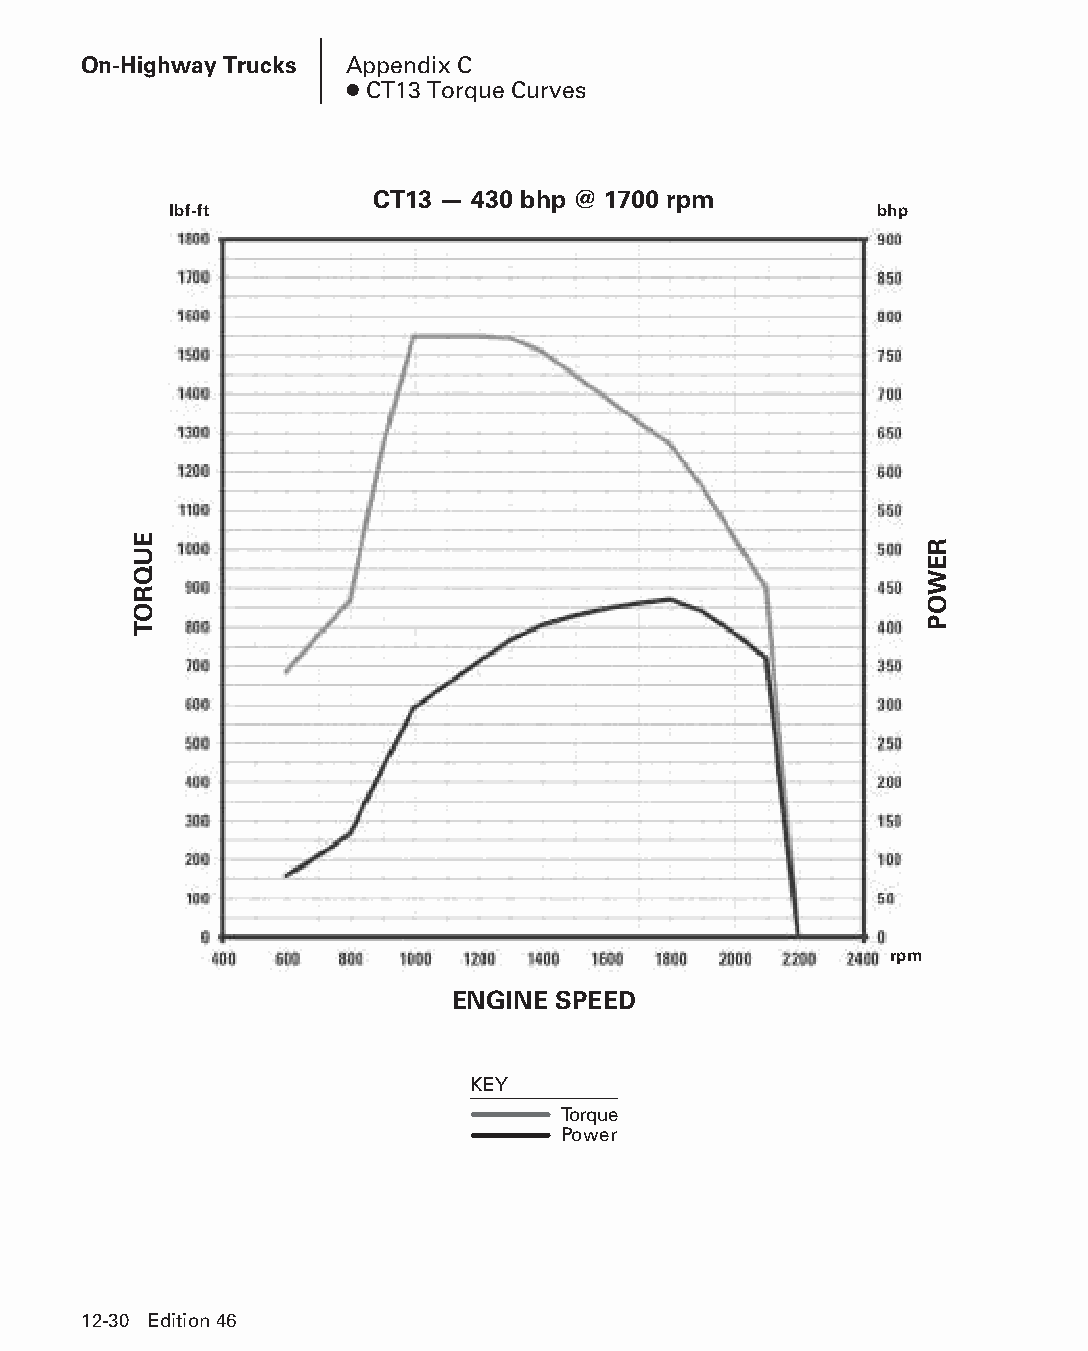
On-Highway Trucks Appendix C
 ● CT13 Torque Curves
 CT13 — 430 bhp @ 1700 rpm
 lbf-ft                                        bhp
 rpm
 ENGINE SPEED
 KEY
 Torque
 Power
 12-30 Edition 46
 PPHHBB--SSeecc1122--1166..iinndddd 3300                        1122//44//1155 1100::4477 AAMM
 EUQROT
 REWOP